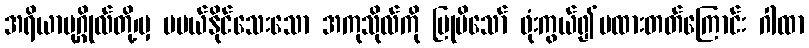
အရိယာပုဂ္ဂိုလ်တို့၊မှ မပယ်နိုင်သေးသော အကုသိုလ်ကို ပြုမိသော် ဖုံးကွယ်၍မထားတတ်ကြောင်း ဂါထာ